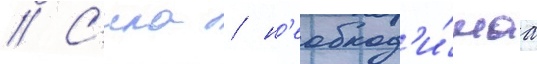
// С'ила / н'еобход'и́маа